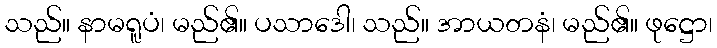
သည်။ နာမရူပံ၊ မည်၏။ ပသာဒေါ၊ သည်။ အာယတနံ၊ မည်၏။ ဖုဋ္ဌော၊